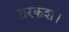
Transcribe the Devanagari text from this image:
तरकश।